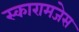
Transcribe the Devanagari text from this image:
स्कारामजेस